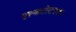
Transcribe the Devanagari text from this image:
एस्कलेटरचा